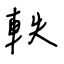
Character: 軼